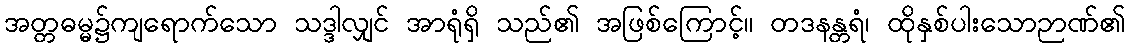
အတ္တဓမ္မ၌ကျရောက်သော သဒ္ဒါလျှင် အာရုံရှိ သည်၏ အဖြစ်ကြောင့်။ တဒနန္တရံ၊ ထိုနှစ်ပါးသောဉာဏ်၏